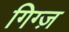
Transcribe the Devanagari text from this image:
गिग्ज़